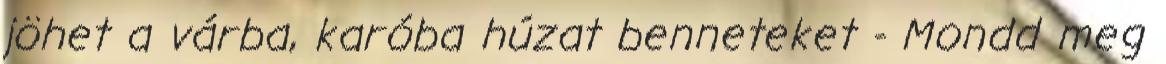
jöhet a várba, karóba húzat benneteket - Mondd meg